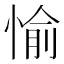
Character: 愉